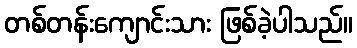
တစ်တန်းကျောင်းသား ဖြစ်ခဲ့ပါသည်။